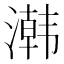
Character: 鿰